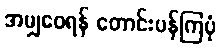
အမျှဝေရန် တောင်းပန်ကြပုံ